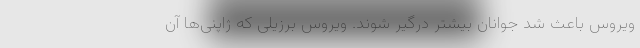
ویروس باعث شد جوانان بیشتر درگیر شوند. ویروس برزیلی که ژاپنی‌ها آن